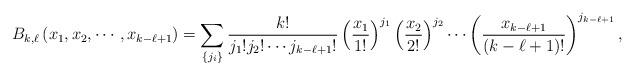
LaTeX: \begin{align*}B_{k,\ell}\left(x_1,x_2,\cdots,x_{k-\ell+1}\right)=\sum_{\left\{j_i\right\}}\frac{k!}{j_1!j_2!\cdots j_{k-\ell+1}!}\left(\frac{x_1}{1!}\right)^{j_1}\left(\frac{x_2}{2!}\right)^{j_2}\cdots \left(\frac{x_{k-\ell+1}}{(k-\ell+1)!}\right)^{j_{k-\ell+1}},\end{align*}